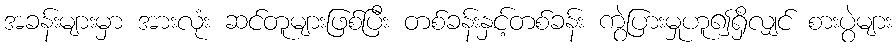
အခန်းများမှာ အားလုံး ဆင်တူများဖြစ်ပြီး တစ်ခန်းနှင့်တစ်ခန်း ကွဲပြားမှုဟူ၍ရှိလျှင် စားပွဲများ